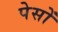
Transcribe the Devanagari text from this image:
पेसों